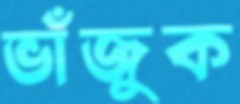
ভাঁজুক